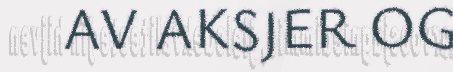
AV AKSJER OG